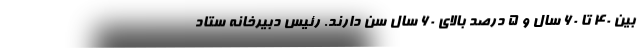
بین ۴۰ تا ۶۰ سال و ۵ درصد بالای ۶۰ سال سن دارند. رئیس دبیرخانه ستاد